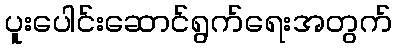
ပူးပေါင်းဆောင်ရွက်ရေးအတွက်